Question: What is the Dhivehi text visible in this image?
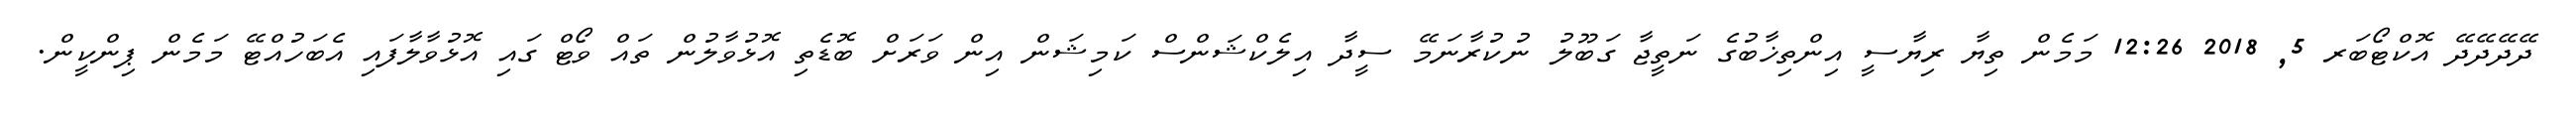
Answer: ދޭދޭދޭދޭ އޮކްޓޯބަރ 5, 2018 12:26 މަމެން ތިޔާ ރިޔާސީ އިންތިޚާބުގެ ނަތީޖާ ގަބޫލު ނުކުރާނަމޭ ސީދާ އިލެކްޝަންސް ކަމިޝަން އިން ވަރަށް ބޮޑެތި އޮޅުވާލުން ތައް ވޯޓް ގައި އޮޅުވާލާފައި އެބަހުއްޓޭ މަމެން ޕިންކީން.